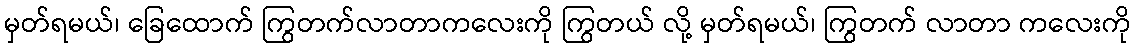
မှတ်ရမယ်၊ ခြေထောက် ကြွတက်လာတာကလေးကို ကြွတယ် လို့ မှတ်ရမယ်၊ ကြွတက် လာတာ ကလေးကို